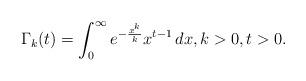
LaTeX: \begin{align*}\Gamma_k(t)=\int_0^\infty e^{-\frac{x^k}{k}}x^{t-1}\,dx, k>0,t>0.\end{align*}